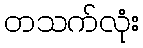
တသက်လုံး